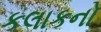
કલાકનો